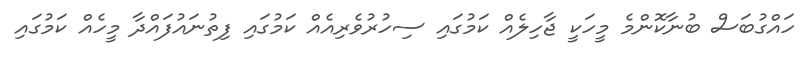
ހައްގުބަސް ބުނާކޮންމެ މީހަކީ ޖާހިލެއް ކަމުގައި ސިހުރުވެރިއެއް ކަމުގައި ފިތުނައުފައްދާ މީހެއް ކަމުގައި